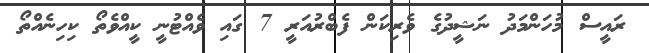
ރައީސް މުހަންމަދު ނަޝީދުގެ ވެރިކަން ފެބްރުއަރީ 7 ގައި ވެއްޓުނީ ކީއްވެތޯ ކިހިނެއްތޯ